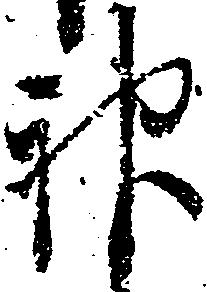
神